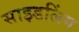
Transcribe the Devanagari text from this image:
साइडलिंग